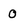
Character: 0